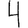
Digit: 4